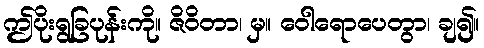
ဤပိုးရွခြပုန်းကို။ ဇိဝိတာ၊ မှ။ ဝေါရောပေတွာ၊ ချ၍။